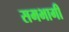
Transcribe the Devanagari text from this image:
समभागी